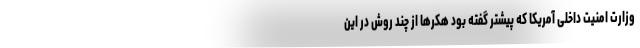
وزارت امنیت داخلی آمریکا که پیشتر گفته بود هکر‌ها از چند روش در این